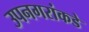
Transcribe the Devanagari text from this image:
उपनगरांकडे